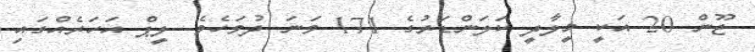
ޖޫން 20 އަކީ މީލާދީ ކަލަންޑަރުގެ 171 ވަނަ ދުވަހެވެ. ލީޕް އަހަރެއްގައި